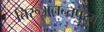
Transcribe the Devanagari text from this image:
तिरूअनन्तपुरम्